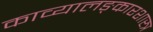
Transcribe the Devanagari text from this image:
काव्यालङ्कारशास्त्र